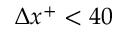
\Delta x ^ { + } < 4 0